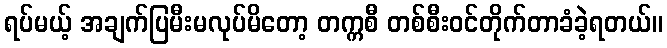
ရပ်မယ့် အချက်ပြမီးမလုပ်မိတော့ တက္ကစီ တစ်စီးဝင်တိုက်တာခံခဲ့ရတယ်။